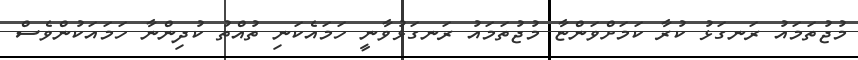
މުޖުތަމައު ރަނގަޅު ކުރާ ކަމަށްވަންޏާ މުޖުތަމައު ރަަނގަޅުވާނީ ހަމައެކަނި ތުއްތު ކުދިންނާ ހަމައަކުންވެސް